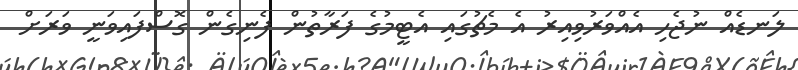
ލަނޑެއް ނުޖެހި އެއްވަރުވިއިރު އެ މެޗުގައި އެޓީމުގެ ފަރާތުން ފެނިގެން ގޮސްފައިވަނީ ވަރަށް